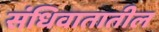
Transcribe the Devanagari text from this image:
संधिवातातील